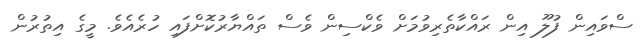
ސްވައިން ފުލޫ އިން ރައްކާތެރިވުމަށް ވެކްސިން ވެސް ތައްޔާރުކޮށްފައި ހުރެއެވެ. މީގެ އިތުރުން